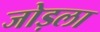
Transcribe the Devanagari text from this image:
जोड़ला